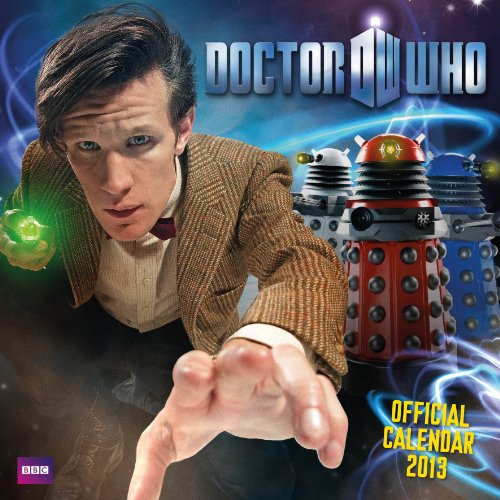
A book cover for Official Doctor Who 2013 Calendar; Calendars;